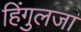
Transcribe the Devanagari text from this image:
हिंगुलजा